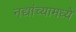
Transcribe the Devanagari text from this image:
नद्यांच्यामध्ये